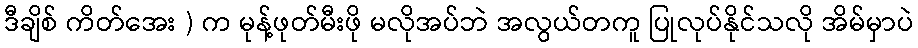
ဒီချိစ် ကိတ်အေး ) က မုန့်ဖုတ်မီးဖို မလိုအပ်ဘဲ အလွယ်တကူ ပြုလုပ်နိုင်သလို အိမ်မှာပဲ